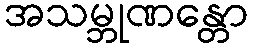
အသမ္ဘုဏန္တော